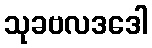
သုခဗလဒဒေါ